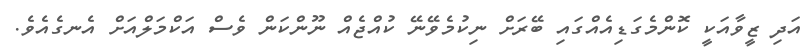
އަދި ޒީވާއަކީ ކޮންމެގަޑިއެއްގައި ބޭރަށް ނިކުމެވޭނޭ ކުއްޖެއް ނޫންކަން ވެސް އަކްމަލްއަށް އެނގެއެވެ.